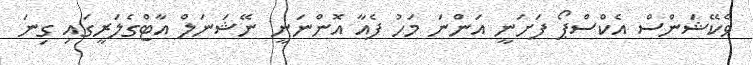
ވެކޭޝަންސް އެކްސްޕޯ ފަށަނީ އަންނަ މަހު ފެއާ އޮންނަނީ ނޭޝަނަލް އާޓްގެލަރީގައި ގިނަ